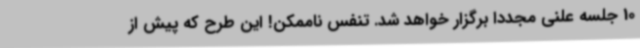
10 جلسه علنی مجددا برگزار خواهد شد. تنفس ناممکن! این طرح که پیش از